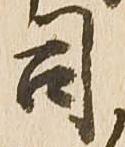
司